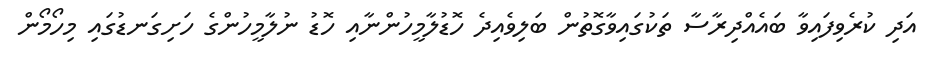
އަދި ކުރެވިފައިވާ ބައެއްދިރާސާ ތަކުގައިވާގޮތުން ބަލިވެއިދެ ހޮޑުލާމީހުންނާއި ހޮޑު ނުލާމީހުންގެ ހަށިގަނޑުގައި މިހޯމޯން